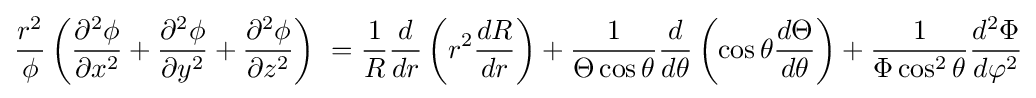
{\frac {r^{2}}{\phi }}\left({\frac {\partial ^{2}\phi }{\partial x^{2}}}+{\frac {\partial ^{2}\phi }{\partial y^{2}}}+{\frac {\partial ^{2}\phi }{\partial z^{2}}}\right)\ ={\frac {1}{R}}{\frac {d}{dr}}\left(r^{2}{\frac {dR}{dr}}\right)+{\frac {1}{\Theta \cos \theta }}{\frac {d}{d\theta }}\left(\cos \theta {\frac {d\Theta }{d\theta }}\right)+{\frac {1}{\Phi \cos ^{2}\theta }}{\frac {d^{2}\Phi }{d\varphi ^{2}}}